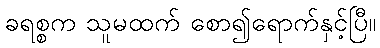
ခရစ္စက သူမထက် စော၍ရောက်နှင့်ပြီ။